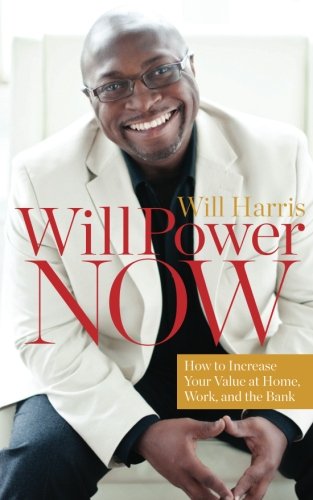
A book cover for WillPower Now: How to Increase Your Value at Home, Work, and the Bank; Will Harris; Self-Help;